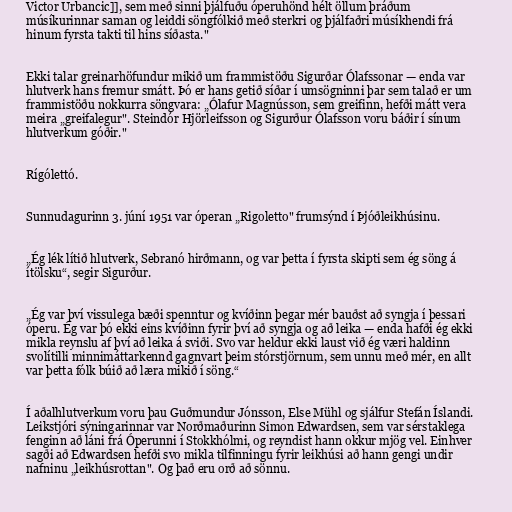
Victor Urbancic]], sem með sinni þjálfuðu óperuhönd hélt öllum þráðum
músíkurinnar saman og leiddi söngfólkið með sterkri og þjálfaðri músíkhendi frá
hinum fyrsta takti til hins síðasta."

Ekki talar greinarhöfundur mikið um frammistöðu Sigurðar Ólafssonar — enda var
hlutverk hans fremur smátt. Þó er hans getið síðar í umsögninni þar sem talað er um
frammistöðu nokkurra söngvara: „Ólafur Magnússon, sem greifinn, hefði mátt vera
meira „greifalegur". Steindór Hjörleifsson og Sigurður Ólafsson voru báðir í sínum
hlutverkum góðir."

Rígólettó.

Sunnudagurinn 3. júní 1951 var óperan „Rigoletto" frumsýnd í Þjóðleikhúsinu.

„Ég lék lítið hlutverk, Sebranó hirðmann, og var þetta í fyrsta skipti sem ég söng á
ítölsku“, segir Sigurður.

„Ég var því vissulega bæði spenntur og kvíðinn þegar mér bauðst að syngja í þessari
óperu. Ég var þó ekki eins kvíðinn fyrir því að syngja og að leika — enda hafði ég ekki
mikla reynslu af því að leika á sviði. Svo var heldur ekki laust við ég væri haldinn
svolítilli minnimáttarkennd gagnvart þeim stórstjörnum, sem unnu með mér, en allt
var þetta fólk búið að læra mikið í söng.“

Í aðalhlutverkum voru þau Guðmundur Jónsson, Else Mühl og sjálfur Stefán Íslandi.
Leikstjóri sýningarinnar var Norðmaðurinn Simon Edwardsen, sem var sérstaklega
fenginn að láni frá Óperunni í Stokkhólmi, og reyndist hann okkur mjög vel. Einhver
sagði að Edwardsen hefði svo mikla tilfinningu fyrir leikhúsi að hann gengi undir
nafninu „leikhúsrottan". Og það eru orð að sönnu.